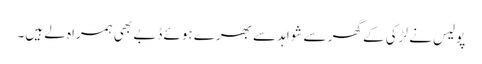
پولیس نے لڑکی کے گھر سے شواہد سے بھرے ہوئے ڈبے بھی ہمراہ لے ہیں۔